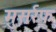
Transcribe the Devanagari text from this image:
मुसर्रफ